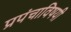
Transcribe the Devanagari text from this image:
प्रपंचाविषयी